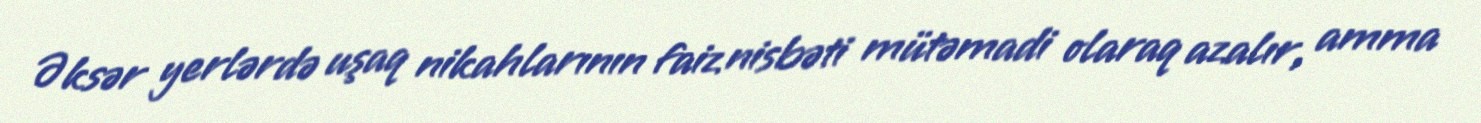
Əksər yerlərdə uşaq nikahlarının faiz nisbəti mütəmadi olaraq azalır, amma